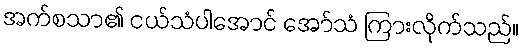
အက်စသာ၏ ငယ်သံပါအောင် အော်သံ ကြားလိုက်သည်။